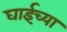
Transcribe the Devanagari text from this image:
घाईच्या